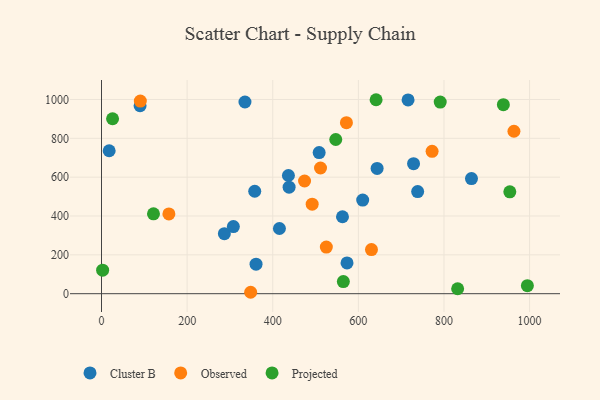
{"axis": {"x": "Study Hours", "y": "Exam Score"}, "legend": ["Cluster B", "Observed", "Projected"], "data": [{"x": "415.6", "y": 335.6, "type": "Cluster B"}, {"x": "436.6", "y": 608.6, "type": "Cluster B"}, {"x": "716.1", "y": 997.7, "type": "Cluster B"}, {"x": "438.2", "y": 548.6, "type": "Cluster B"}, {"x": "357.9", "y": 527.4, "type": "Cluster B"}, {"x": "90.1", "y": 967.6, "type": "Cluster B"}, {"x": "738.5", "y": 526.0, "type": "Cluster B"}, {"x": "562.9", "y": 396.2, "type": "Cluster B"}, {"x": "361.0", "y": 152.2, "type": "Cluster B"}, {"x": "728.9", "y": 669.6, "type": "Cluster B"}, {"x": "287.0", "y": 308.9, "type": "Cluster B"}, {"x": "308.0", "y": 345.4, "type": "Cluster B"}, {"x": "508.4", "y": 726.7, "type": "Cluster B"}, {"x": "17.9", "y": 735.9, "type": "Cluster B"}, {"x": "573.5", "y": 158.6, "type": "Cluster B"}, {"x": "335.1", "y": 987.0, "type": "Cluster B"}, {"x": "864.2", "y": 592.9, "type": "Cluster B"}, {"x": "643.8", "y": 645.0, "type": "Cluster B"}, {"x": "610.1", "y": 481.8, "type": "Cluster B"}, {"x": "90.7", "y": 991.7, "type": "Observed"}, {"x": "772.2", "y": 733.0, "type": "Observed"}, {"x": "630.6", "y": 227.2, "type": "Observed"}, {"x": "474.3", "y": 580.2, "type": "Observed"}, {"x": "157.4", "y": 410.9, "type": "Observed"}, {"x": "525.2", "y": 239.9, "type": "Observed"}, {"x": "963.4", "y": 836.3, "type": "Observed"}, {"x": "348.4", "y": 7.3, "type": "Observed"}, {"x": "511.6", "y": 647.1, "type": "Observed"}, {"x": "572.1", "y": 880.6, "type": "Observed"}, {"x": "492.1", "y": 460.8, "type": "Observed"}, {"x": "994.8", "y": 41.5, "type": "Projected"}, {"x": "25.8", "y": 900.8, "type": "Projected"}, {"x": "547.2", "y": 793.8, "type": "Projected"}, {"x": "2.6", "y": 121.0, "type": "Projected"}, {"x": "641.4", "y": 998.7, "type": "Projected"}, {"x": "121.4", "y": 411.4, "type": "Projected"}, {"x": "791.2", "y": 986.5, "type": "Projected"}, {"x": "938.7", "y": 973.2, "type": "Projected"}, {"x": "564.9", "y": 62.3, "type": "Projected"}, {"x": "953.8", "y": 524.5, "type": "Projected"}, {"x": "831.9", "y": 25.5, "type": "Projected"}]}